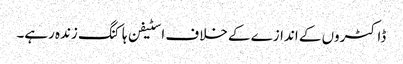
ڈاکٹروں کے اندازے کے خلاف اسٹیفن ہاکنگ زندہ رہے۔